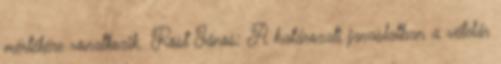
mértékére vonatkozik. Röst János: A határozati javaslatban a vételár